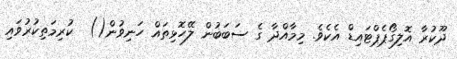
ދޫކުރާ އޮލިގޯޕެޕްޓައިޑް އެކެވެ. މިމާއްދާ ގެ ސަބަބުން ލޭހޮޅިތައް ހަނިވުން()  ކުރިމަތިކުރުވައި